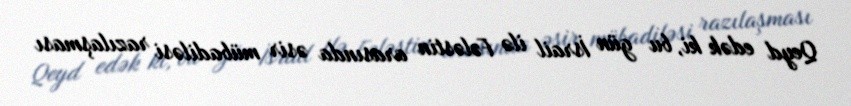
Qeyd edək ki, bu gün İsrail ilə Fələstin arasında əsir mübadiləsi razılaşması